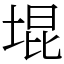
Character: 堒